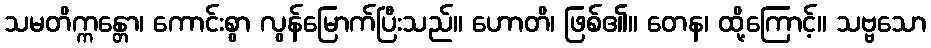
သမတိက္ကန္တော၊ ကောင်းစွာ လွန်မြောက်ပြီးသည်။ ဟောတိ၊ ဖြစ်၏။ တေန၊ ထို့ကြောင့်။ သဗ္ဗသော